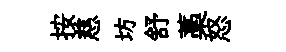
按慈坊舒藁怒